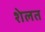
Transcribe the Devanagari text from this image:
शेलत